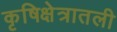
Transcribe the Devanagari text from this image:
कृषिक्षेत्रातली